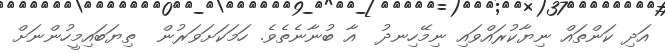
އަދި ކަންތައް ނިޔާކުރައްވައި ނިމޭހިނދު  އާ ބުނާނެތެވެ. ހަމަކަށަވަރުން  ތިޔަބައިމީހުންނަށް